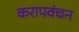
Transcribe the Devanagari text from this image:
करापवंचन